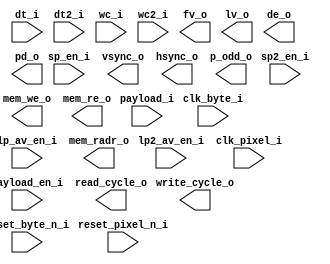
//===========================================================================
// Verilog file generated by Clarity Designer    02/20/2024    12:51:05  
// Copyright(c) 2016 Lattice Semiconductor Corporation. All rights reserved. 
//===========================================================================

module dsi_to_cmos_byte2pixel (
    input  wire	                             reset_byte_n_i,
    input  wire	                             clk_byte_i,
    input  wire                              sp_en_i,	      // Short Packet Enable
    input  wire                              sp2_en_i,	      // Short Packet Enable #2
    input  wire [5:0]                        dt_i,	      // Data Type
    input  wire [5:0]                        dt2_i,	      // Data Type #2
    input  wire                              lp_av_en_i,      // Long Packet of Active Video Enable
    input  wire                              lp2_av_en_i,      // Long Packet of Active Video Enable #2
    input  wire	                             payload_en_i,    // paload enable
    input  wire [4*8-1:0]    payload_i,       // payload
    input  wire [15:0]                       wc_i,            // payload byte count
    input  wire [15:0]                       wc2_i,           // payload byte count #2

    input  wire	                             reset_pixel_n_i,
    input  wire	                             clk_pixel_i,
    output wire                              vsync_o,         // Vsync in clk_pixel domain
    output wire                              hsync_o,         // Hsync in clk_pixel domain
    output wire                              fv_o,            // Frame Valid in clk_pixel domain
    output wire                              lv_o,            // Line Valid in clk_pixel domain
    output wire                              de_o,            // picture data enable
    output wire [24*1-1:0] pd_o,            // picture data
    output wire [1:0]                        p_odd_o,         // odd pixel indicator
    output wire [3:0]                        write_cycle_o,   // payload Write Cycle (for debug)
    output wire                              mem_we_o,        // payload Write Enable (for debug)
    output wire                              mem_re_o,        // payload Read Enable (for debug)
    output wire [1:0]                        read_cycle_o,    // pixel data Read Cycle (for debug)
    output wire [2:0]                        mem_radr_o       // pixel data Read Address (for debug)
);

endmodule